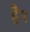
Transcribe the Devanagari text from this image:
है१